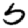
Digit: 5